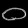
Digit: ၀